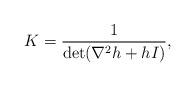
LaTeX: \begin{align*}K=\frac{1}{\det(\nabla^2h+hI)},\end{align*}